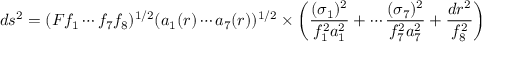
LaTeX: d s ^ { 2 } = ( F f _ { 1 } \cdots f _ { 7 } f _ { 8 } ) ^ { 1 / 2 } ( a _ { 1 } ( r ) \cdots a _ { 7 } ( r ) ) ^ { 1 / 2 } \times \left( { \frac { ( \sigma _ { 1 } ) ^ { 2 } } { f _ { 1 } ^ { 2 } a _ { 1 } ^ { 2 } } } + \cdots { \frac { ( \sigma _ { 7 } ) ^ { 2 } } { f _ { 7 } ^ { 2 } a _ { 7 } ^ { 2 } } } + { \frac { d r ^ { 2 } } { f _ { 8 } ^ { 2 } } } \right)